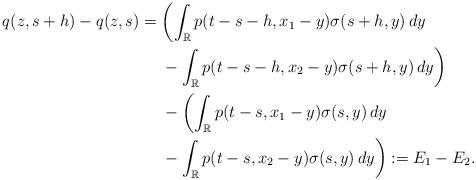
LaTeX: \begin{align*}q(z,s+h)-q(z,s)={}& \biggl(\int_{\mathbb R} {p}(t-s-h,x_1-y)\sigma(s+h,y)\, dy\\&{}-\int_{\mathbb R} {p}(t-s-h, x_2-y)\sigma(s+h,y)\,dy\biggr)\\&{}- \biggl(\int_{\mathbb R}{p}(t-s, x_1-y)\sigma(s,y)\,dy\\&{}-\int_{\mathbb R} {p}(t-s, x_2-y)\sigma(s,y)\,dy\biggr) :=E_1-E_2.\end{align*}